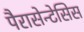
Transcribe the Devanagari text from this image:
पैरासेन्टेसिस